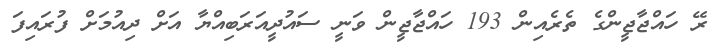
ރޭ ހައްޖާޖީންގެ ތެރެއިން 193 ހައްޖާޖީން ވަނީ ސައުދީއަރަބިއްޔާ އަށް ދިއުމަށް ފުރައިފަ